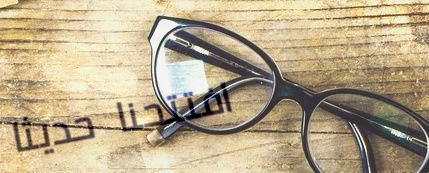
افتتحنا حديثاً